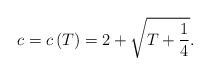
LaTeX: \begin{align*}c=c\left( T\right) =2+\sqrt{T+\frac{1}{4}}. \end{align*}